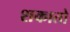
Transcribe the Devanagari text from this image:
शकातो